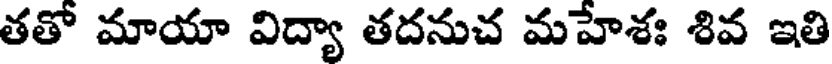
తతో మాయా విద్యా తదనుచ మహేశః శివ ఇతి